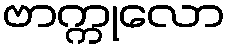
ဗာက္ကုလော